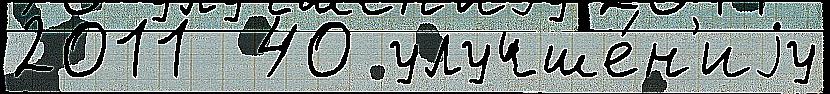
2011  40 улучше́н'иjу